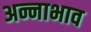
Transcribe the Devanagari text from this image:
अन्नाभाव